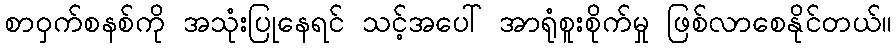
စာဝှက်စနစ်ကို အသုံးပြုနေရင် သင့်အပေါ် အာရုံစူးစိုက်မှု ဖြစ်လာစေနိုင်တယ်။